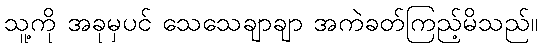
သူ့ကို အခုမှပင် သေသေချာချာ အကဲခတ်ကြည့်မိသည်။